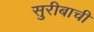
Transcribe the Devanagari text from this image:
सुरीबाची